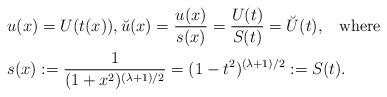
LaTeX: \begin{align*} &u(x)=U(t(x)),\breve u(x)=\frac{u(x)}{s(x)}=\frac{U(t)}{S(t)}=\breve U(t),\;\;\; {\rm where} \\ & s(x):=\frac{1} {(1+x^2)^{(\lambda+1)/2}}= (1-t^2)^{(\lambda+1)/2}:=S(t). \end{align*}